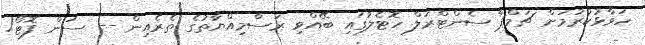
ހަވާޅުކުރުމަށް ޗަމްޕާ ސެންޓްރަލް ހޮޓެލުގައި ބޭއްވި ރަސްމިއްޔާތުގެ ތެރެއިން -- ސަން ފޮޓޯ/